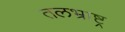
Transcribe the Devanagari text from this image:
तलभ्राष्ट्र